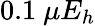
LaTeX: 0.1\ \mu E_{h}